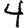
Digit: 4